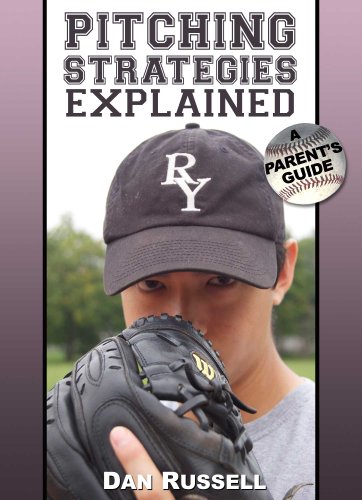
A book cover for Pitching Strategies Explained: A Parent's Guide; Dan Russell; Sports & Outdoors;